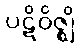
ပဋိဝိဇ္ဈိ